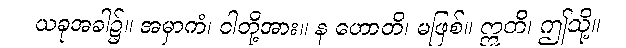
ယခုအခါ၌။ အမှာကံ၊ ငါတို့အား။ န ဟောတိ၊ မဖြစ်။ ဣတိ၊ ဤသို့။